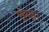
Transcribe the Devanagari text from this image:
संगा।